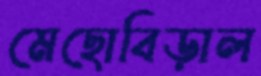
মেছোবিড়াল